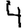
Digit: 4